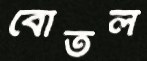
বোতল